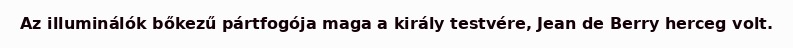
Az illuminálók bőkezű pártfogója maga a király testvére, Jean de Berry herceg volt.